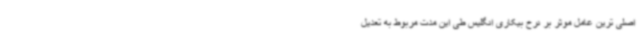
اصلی ترین عامل موثر بر نرخ بیکاری انگلیس طی این مدت مربوط به تعدیل